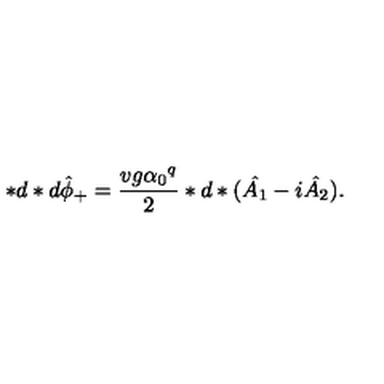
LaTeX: * d * d { \hat { \phi } } _ { + } = \frac { v g { \alpha _ { 0 } } ^ { q } } { 2 } * d * ( \hat { A _ { 1 } } - i \hat { A _ { 2 } } ) .